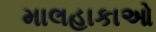
માલહાકાઓ